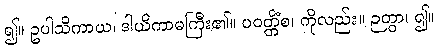
၍။ ဥပါသိကာယ၊ ဒါယိကာမကြီး၏။ ပဝတ္တိံစ၊ ကိုလည်း။ ဉတွာ၊ ၍။